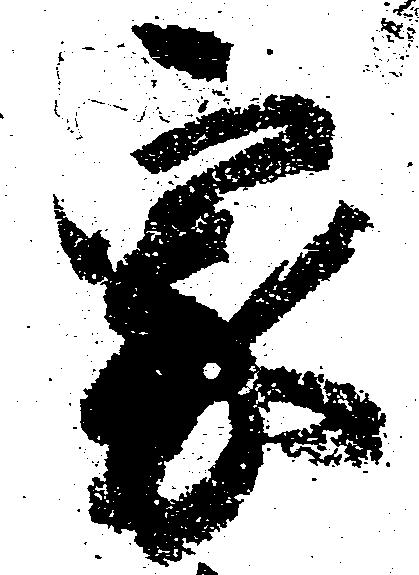
家